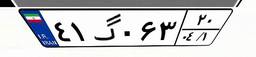
۴۱گ۰۶۳۲۰